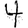
Digit: 4